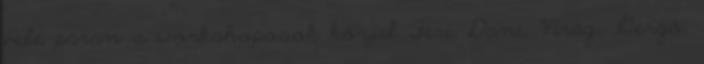
vele páran a workshoposok közül Feri, Dani, Virág, Gergő,